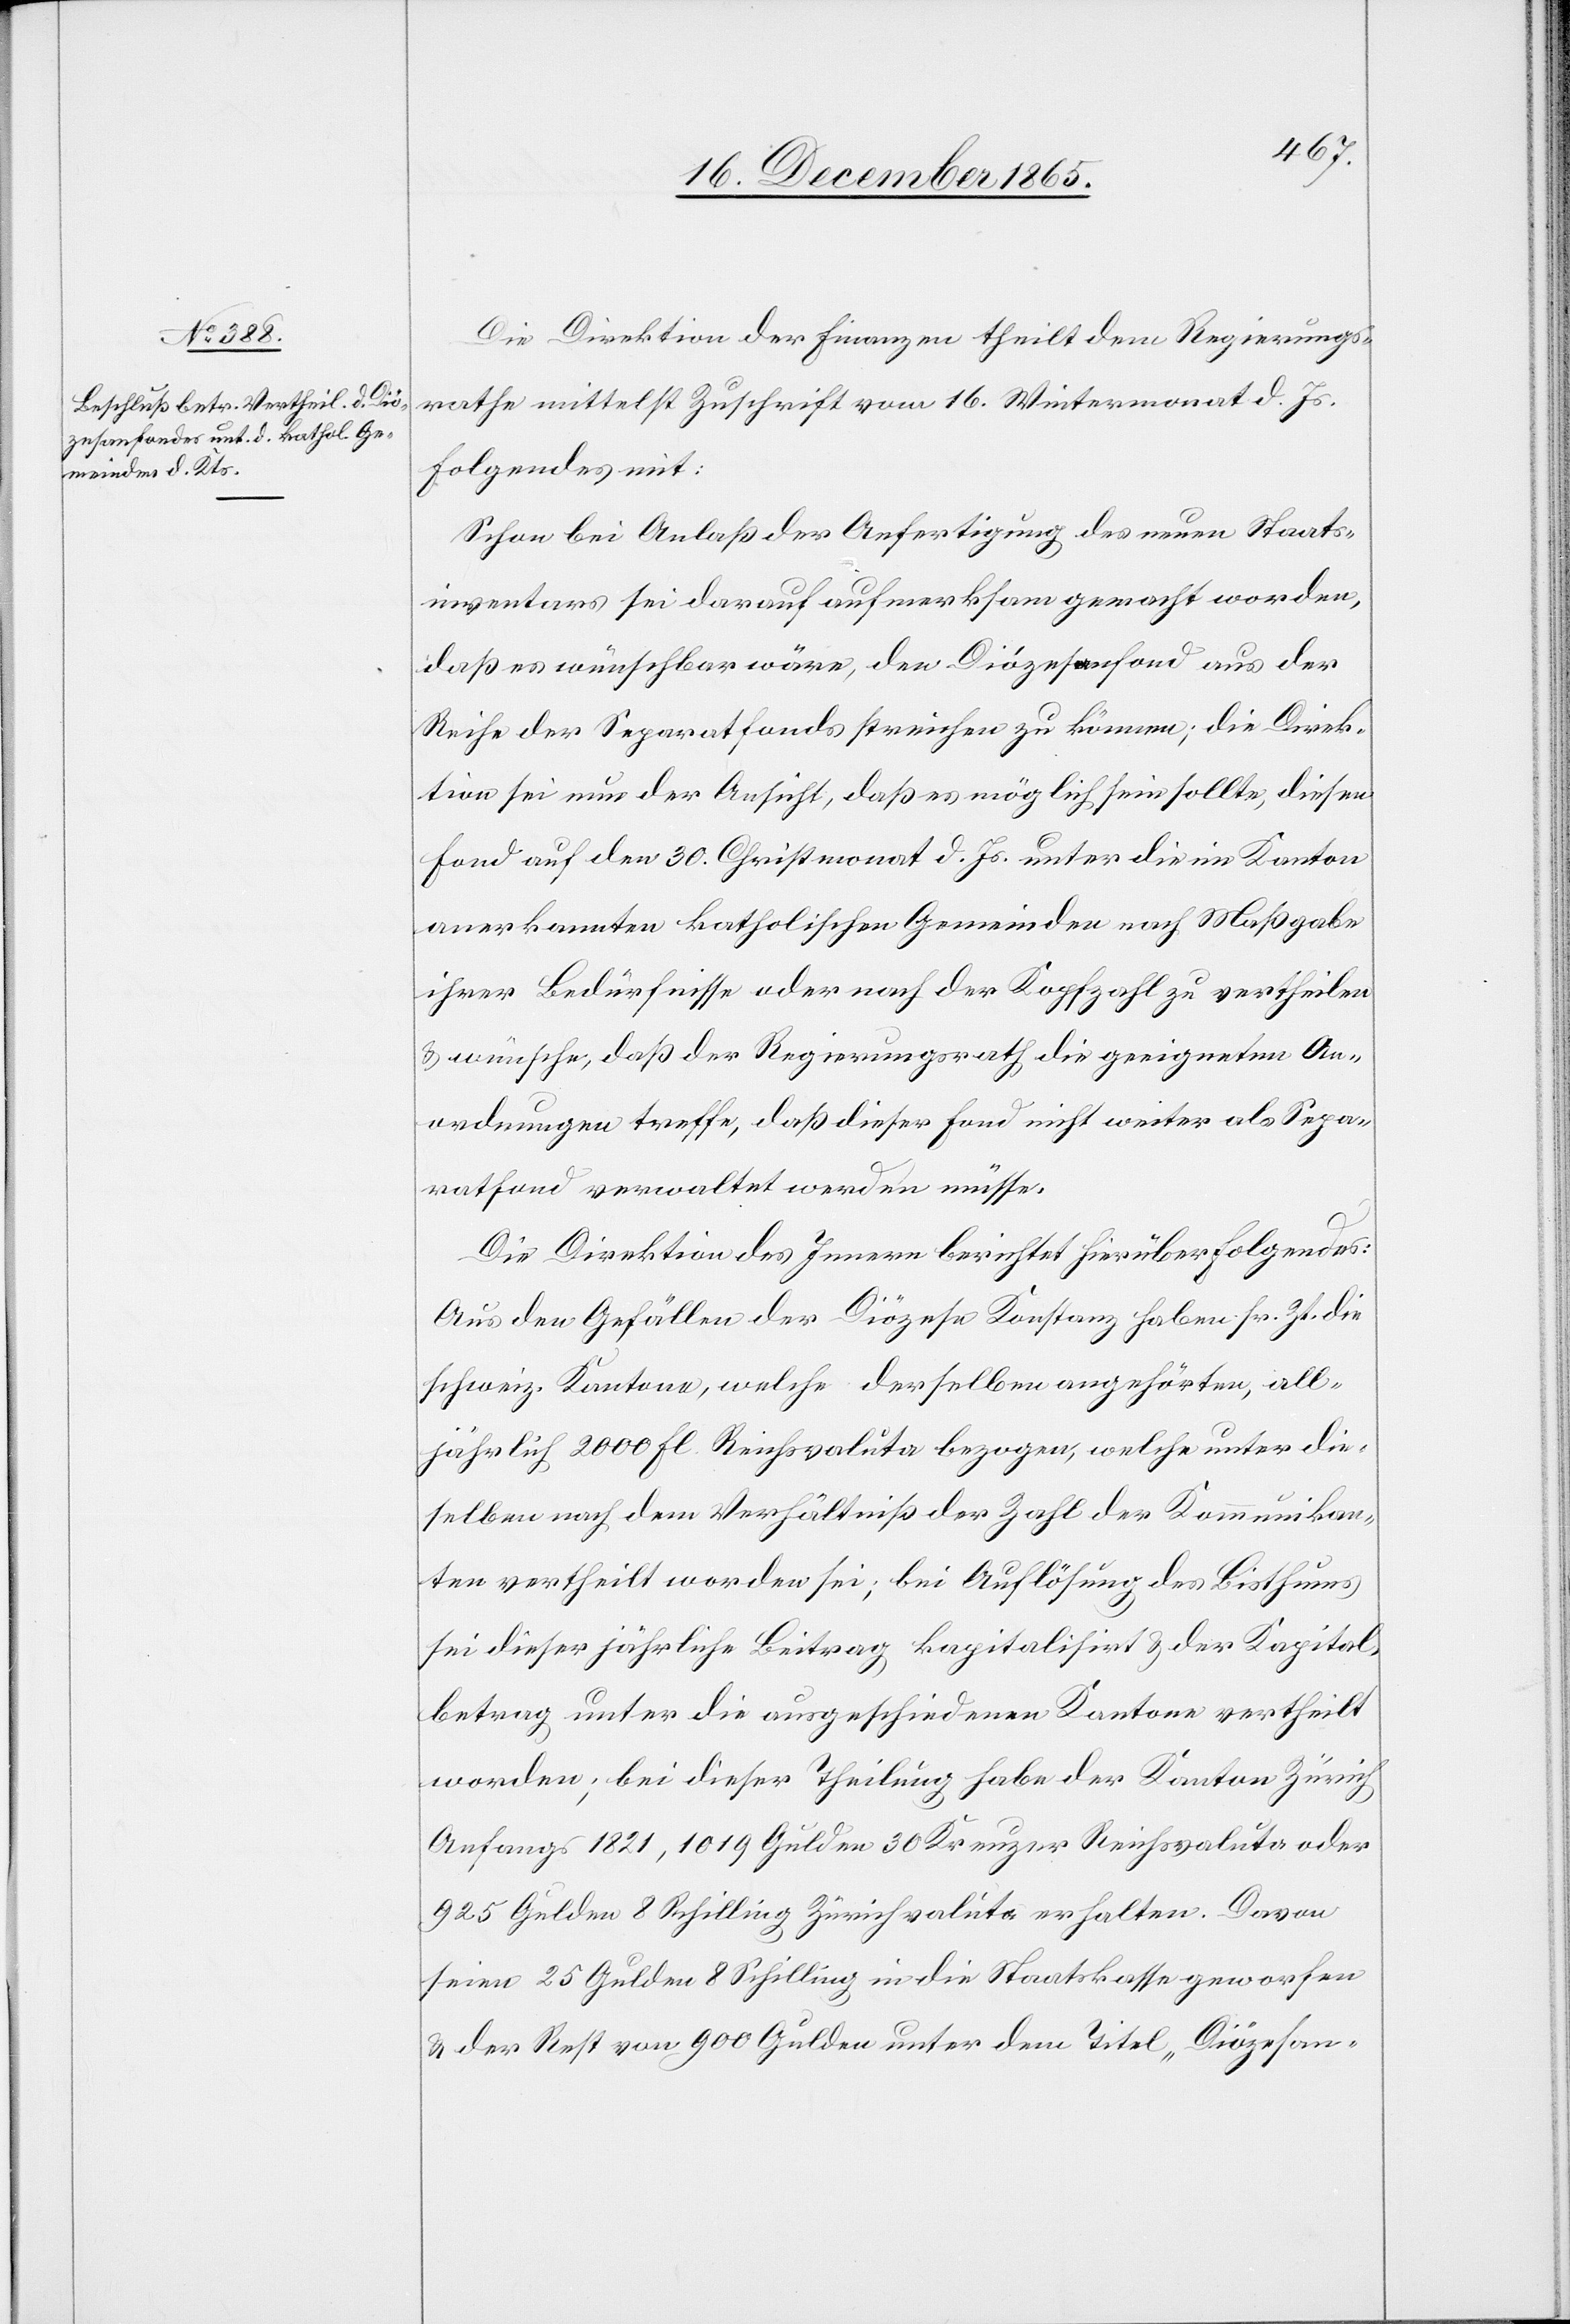
Die Direktion der Finanzen theilt dem Regierungs¬
rathe mittelst Zuschrift vom 16. Wintermonat d. Js.
folgendes mit:
Schon bei Anlaß der Anfertigung des neuen Staats¬
inventars sei darauf aufmerksam gemacht worden,
daß es wünschbar wäre, den Diözesenfond aus der
Reihe der Separatfonds streichen zu können; die Direk¬
tion sei nun der Ansicht, daß es möglich sein sollte, diesen
Fond auf den 30. Christmonat d. Js. unter die im Kanton
anerkannten katholischen Gemeinden nach Maßgabe
ihrer Bedürfnisse oder nach der Kopfzahl zu vertheilen
& wünschbar, daß der Regierungsrath die geeigneten An¬
ordnungen treffe, daß dieser Fond nicht weiter als Sepa¬
ratfond verwaltet werden müsse.
Die Direktion des Innern berichtet hierüber Folgendes:
Aus den Gefällen der Diözese Konstanz haben sr. Zt. die
schweiz. Kantone, welche derselben angehörten, all¬
jährlich 2000 Fl. Reichsvaluta bezogen, welche unter die¬
selben nach dem Verhältniß der Zahl der Kommunikan¬
ten vertheilt worden sei; bei der Auflösung des Bisthums
sei dieser jährliche Beitrag kapitalisirt & der Kapital¬
betrag unter die ausgeschiedenen Kantone vertheilt
worden; bei dieser Theilung habe der Kanton Zürich
Anfangs 1821, 1019 Gulden 30 Kreuzer Reichsvaluta oder
925 Gulden 8 Schilling Zürichvaluta erhalten. Davon
seien 25 Gulden 8 Schilling in die Staatskasse geworfen
& der Rest von 900 Gulden unter dem Titel „Diözesen-